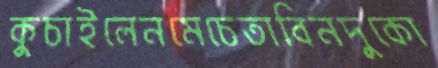
কুচাইলেনমেচেতাবিনদুকো